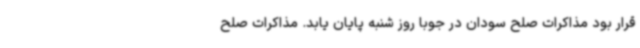
قرار بود مذاکرات صلح سودان در جوبا روز شنبه پایان یابد. مذاکرات صلح